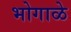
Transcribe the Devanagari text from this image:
भोगाळे